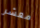
معشر